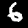
Label: 6